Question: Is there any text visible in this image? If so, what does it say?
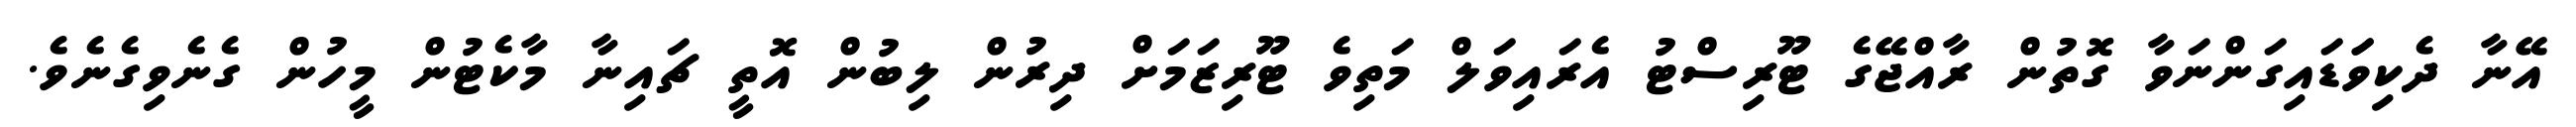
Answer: އޭނާ ދެކިވަަޑައިގަންނަވާ ގޮތުން ރާއްޖޭގެ ޓޫރިސްޓު އެރައިވަލް މަތިވެ ޓޫރިޒަމަށް ދިރުން ލިބުން އޮތީ ޗައިނާ މާކެޓުން މީހުން ގެނެވިގެނެވެ.